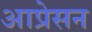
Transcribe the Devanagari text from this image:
आप्रेसन